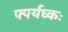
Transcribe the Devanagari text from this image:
फ्पर्यघ्कः